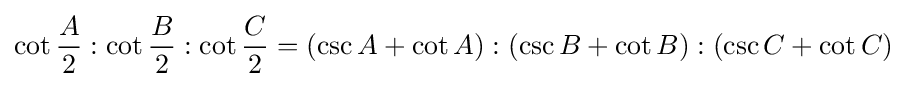
\cot {\frac {A}{2}}:\cot {\frac {B}{2}}:\cot {\frac {C}{2}}=(\csc A+\cot A):(\csc B+\cot B):(\csc C+\cot C)